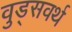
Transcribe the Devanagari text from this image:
वुड्सवर्थ